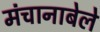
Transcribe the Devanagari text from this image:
मंचानाबेले